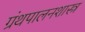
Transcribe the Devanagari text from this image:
ग्रंथपालनशास्त्र